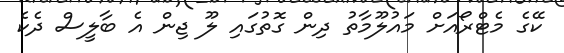
ކޭގެ މެޓްރޯއަށް މައުލޫމާތު ދިން ގޮތުގައި ލޫ ޖިން އެ ބާލީސް ދެކެ